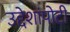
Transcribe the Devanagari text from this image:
उद्देशांपोटी